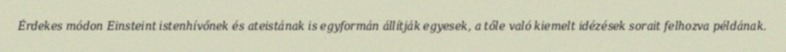
Érdekes módon Einsteint istenhívőnek és ateistának is egyformán állítják egyesek, a tőle való kiemelt idézések sorait felhozva példának.